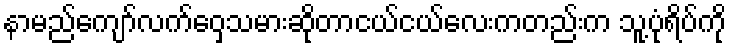
နာမည်ကျော်လက်ဝှေ့သမားဆိုတာငယ်ငယ်လေးကတည်းက သူ့ပုံရိပ်ကို